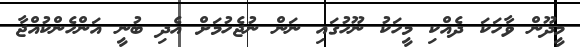
މީދޫން ވާހަކަ ދެއްކި މީހަކު ނޫހުގައި ނަން ނުޖެހުމަށް އެދި ބުނީ އަންހެންކުއްޖާ